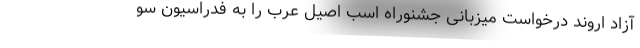
آزاد اروند درخواست میزبانی جشنوراه اسب اصیل عرب را به فدراسیون سو